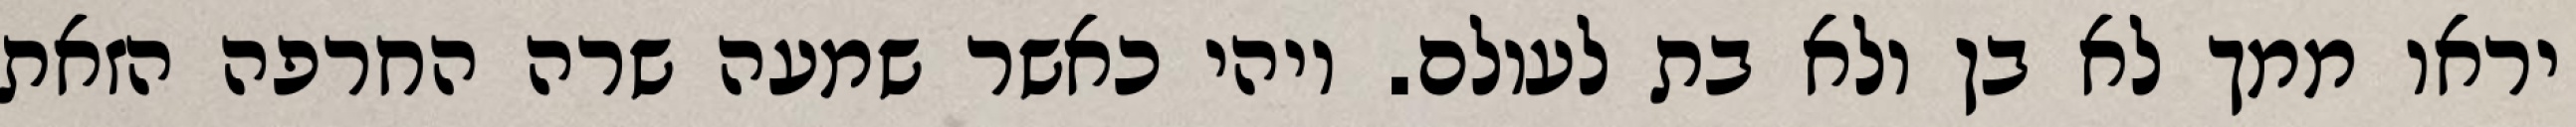
יראו ממך לא בן ולא בת לעולם. ויהי כאשר שמעה שרה החרפה הזאת